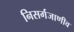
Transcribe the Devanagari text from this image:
निसर्गजाणीव